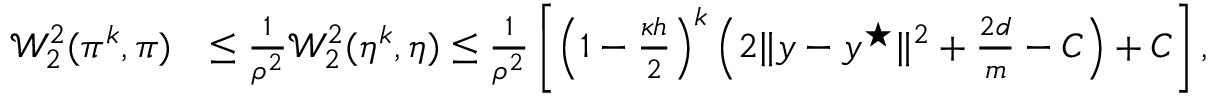
\begin{array} { r l } { \mathcal { W } _ { 2 } ^ { 2 } ( \pi ^ { k } , \pi ) } & { \le \frac { 1 } { \rho ^ { 2 } } \mathcal { W } _ { 2 } ^ { 2 } ( \eta ^ { k } , \eta ) \le \frac { 1 } { \rho ^ { 2 } } \left[ \left( 1 - \frac { \kappa h } { 2 } \right) ^ { k } \left( 2 \| y - y ^ { \star } \| ^ { 2 } + \frac { 2 d } { m } - C \right) + C \right] , } \end{array}